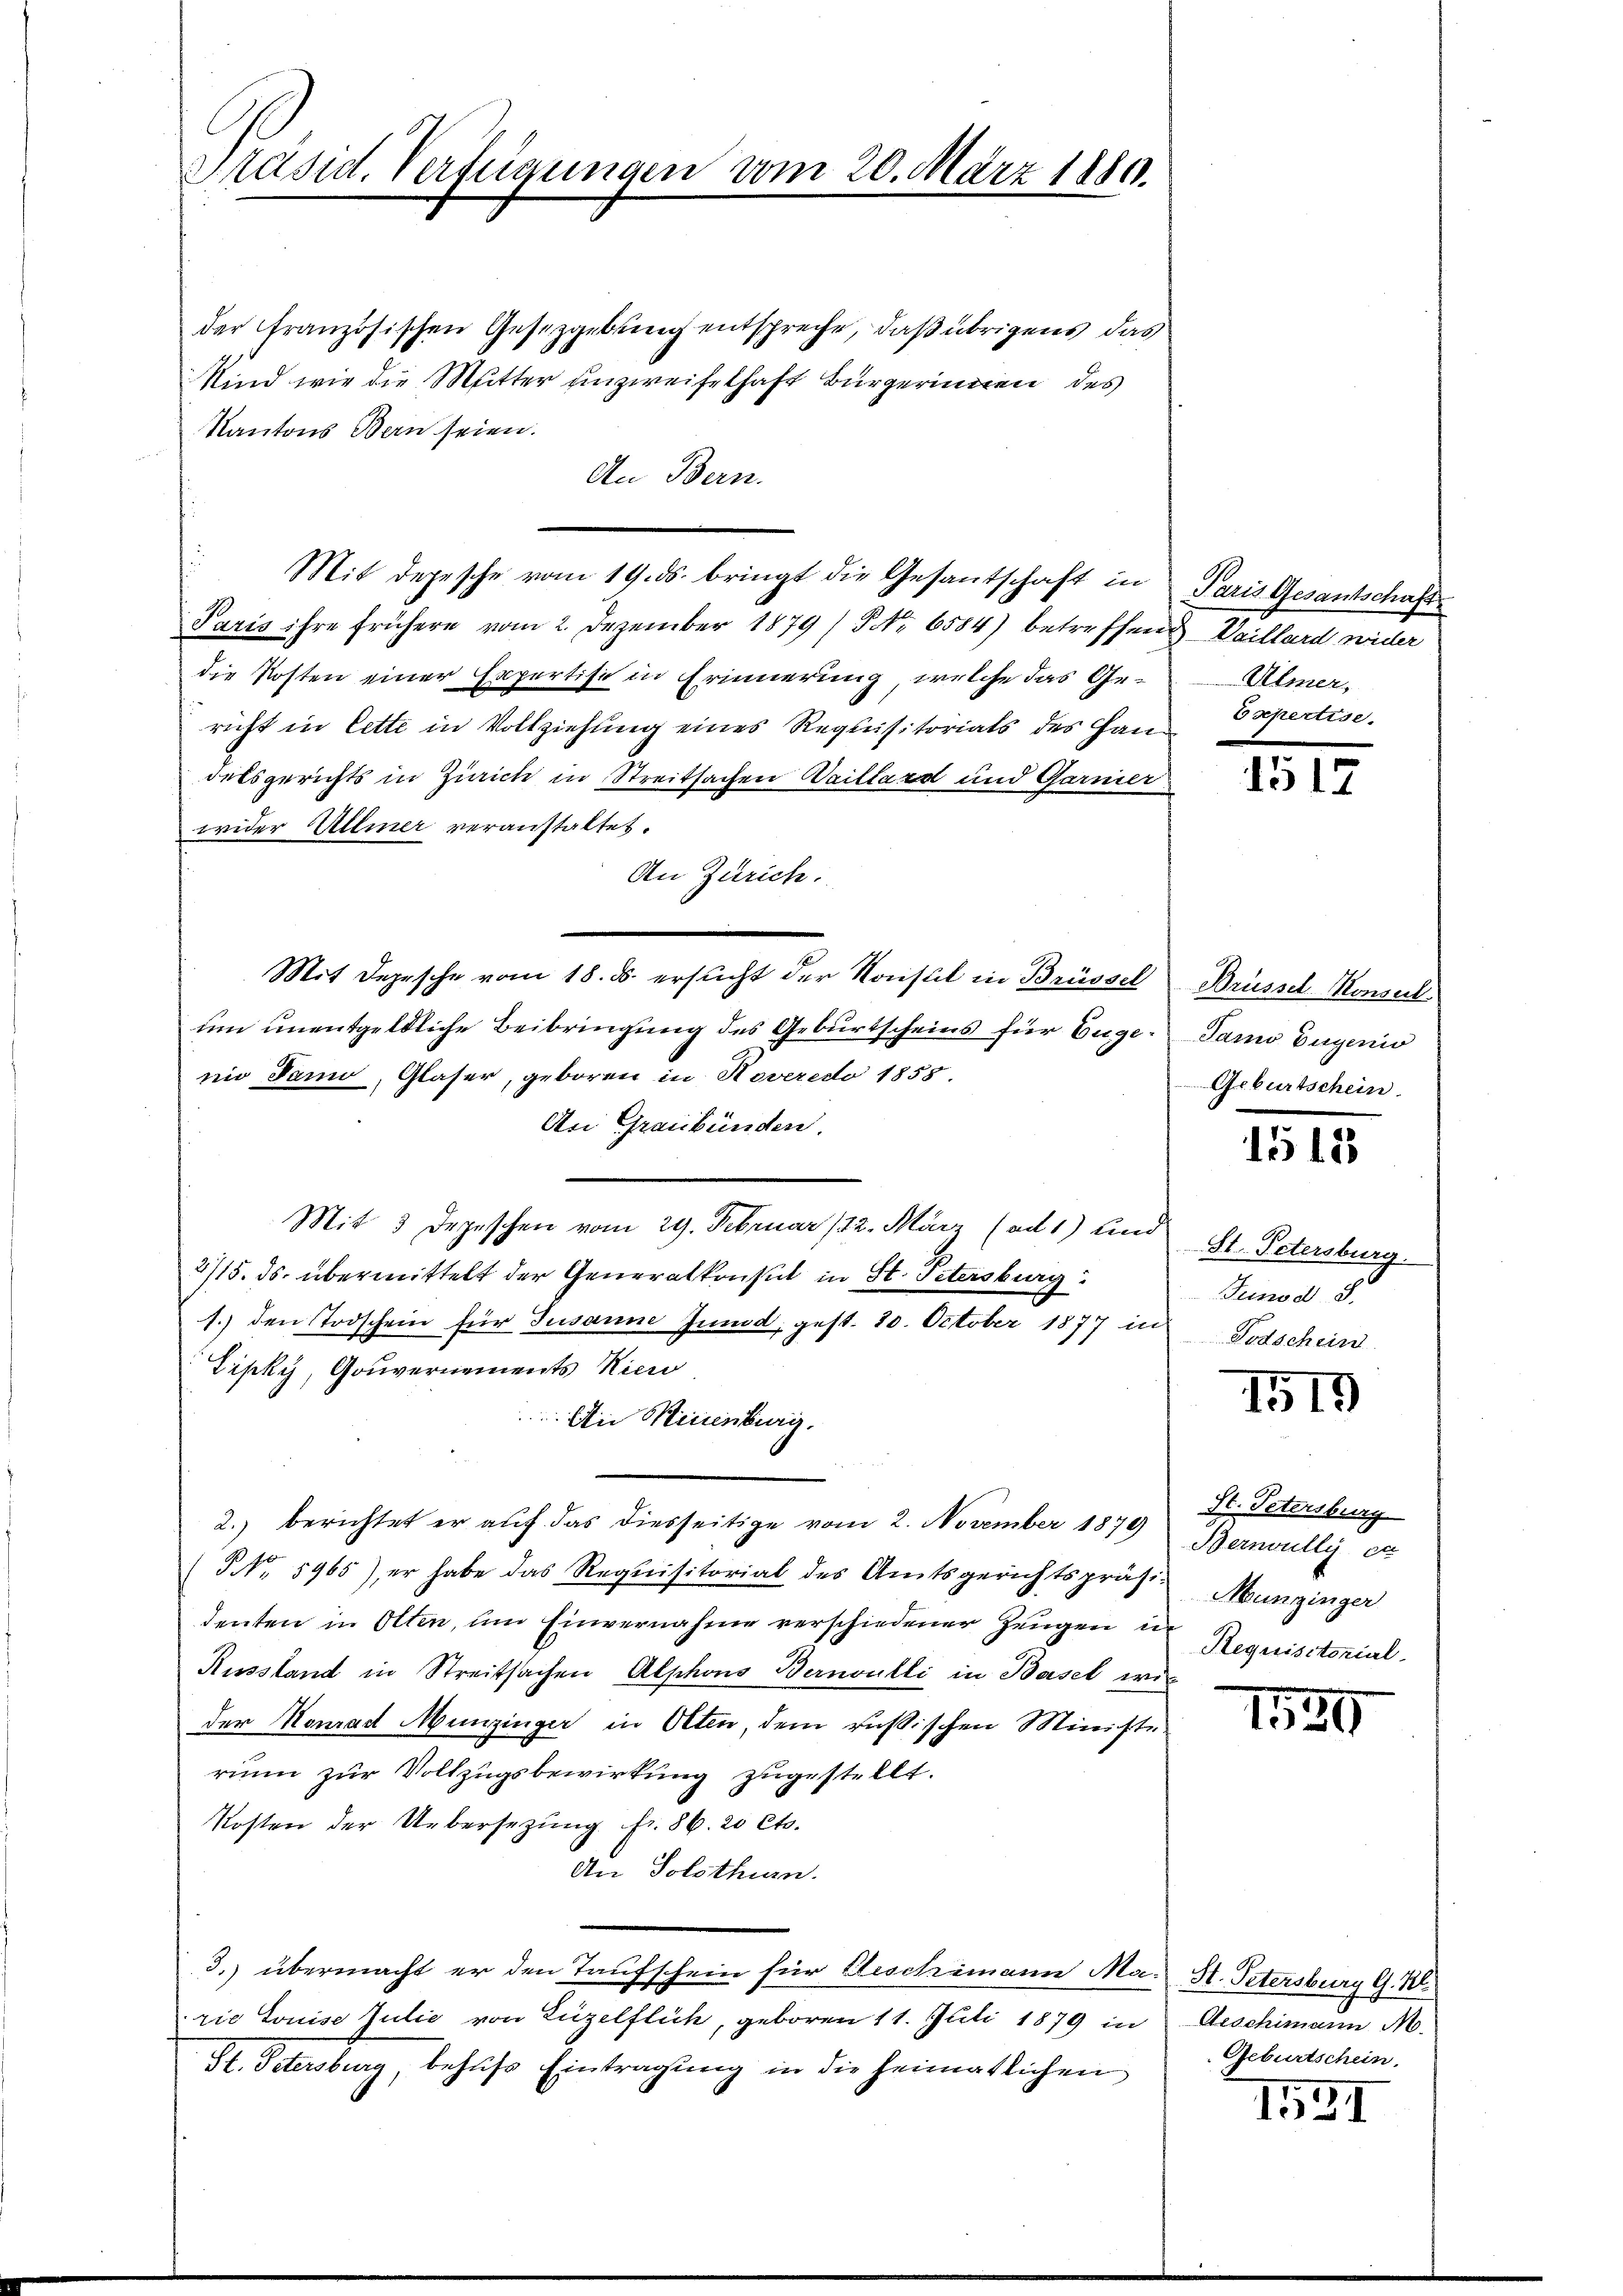
Präsid. Verfügungen vom 20. März 1880.

der Französischen Gesetzgebung entspreche, daß übrigens das
Kind wie die Mutter unzweifelhaft Bürgerinnen des
Kantons Bern seien.
An Bern.
Mit depesche vom 19. ds. bringt die Gesantschaft in Paris Gesantschaft
Paris ihre frühere vom 2. Dezember 1879) S. 6584) betreffend Vaillard wider
die Kosten einer Expertise in Erinnerung, welche das Gericht in Cette in Vollziehung eines Requisitorials des Pandelsgerichts in Zürich in Streitsachen Waillard und Garnier
wider Allmer veranstaltet.
An Zürich.
Mit Depesche vom 18. d. ersucht der Konsul in Brüssel
um unentgeldliche Beibringung des Geburtscheins für Eugen Samo Eugenio
nio Sano, Glaser, geboren in Noveredo 1855.
An Graubünden.
Mit 3 Depeschen vom 29. Februar 122. März (ad 1) und
2715. ds. übermittelt der Generalkonsul in St. Petersburg:
1.) den Todschein für Susanne Jund, gest. 20. October 1877 in Todschein
Lipky, Gouvernements Nier
An Neuenburg.
2.) berichtet er auf das diesseitige vom 2. November 1879
NNo. 5965), er habe das Requisitorial des Amtsgerichtspräsi-
denten in Olten, um Einvernahme verschiedener Zeugen in
Russland in Streitsachen Alphons Bernoulli in Basel wir
der Konrad Munzinger in Olten, dem russischen Minister
rium zur Vollzugsbewirkung zugestellt.
Kosten der Uebersezung fr. 86. 20 Cts.
An Solothurn.
3.) übermacht er den Taufschein für Aeschimann Ma- H. Petersburg G. W.
rie Louise Julie von Luzelflich, geboren 11. Juli 1879 in Geschimann M.
St. Petersburg, behŭfs Eintragung in die heimatlichen

Ulmer,
Esepertise.

1517

Brüssel-Konseil
Geburtschein.

1515

St. Petersburg.
Junod. S.

1519

St. Petersburg
Berwully et
Munzinger
Requisitorial.

1529

Geburtschein.

1521